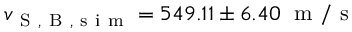
v _ { \mathrm { ~ S ~ } , \mathrm { ~ B ~ } , \mathrm { ~ s ~ i ~ m ~ } } = 5 4 9 . 1 1 \pm 6 . 4 0 \; \mathrm { ~ m ~ } / \mathrm { ~ s ~ }